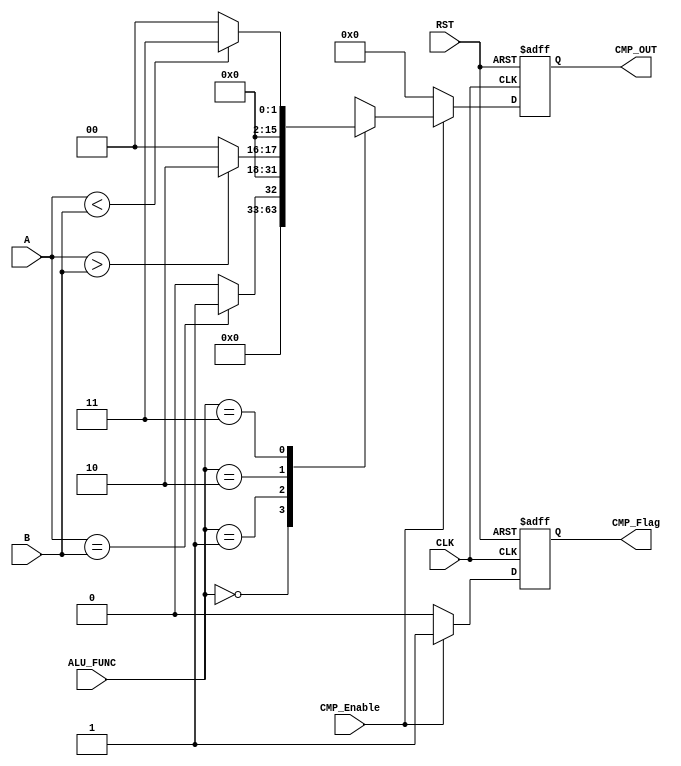
module CMP_UNIT #(
	parameter Width =   16
	)
	(
	input  wire  [Width-1:0] A,
	input  wire  [Width-1:0] B,
	input  wire  [1:0] 		 ALU_FUNC,
	input  wire  			 CLK,
	input  wire  			 RST,
	input  wire  			 CMP_Enable,
	
	output reg   [Width-1:0] CMP_OUT,	
	output reg	   		     CMP_Flag
);
	
	// Internal Signals
	 reg [Width-1:0]   CMP_OUT_comb;
	 reg 			   CMP_Flag_comb;
	
	// Register with Clock and Asynchronous Active Low Reset 
	 always @(posedge CLK or negedge RST) begin		
		if (!RST) begin
			CMP_OUT <= 0;	
			CMP_Flag <= 0;
		end
		else begin
			CMP_OUT <= CMP_OUT_comb;
			CMP_Flag <= CMP_Flag_comb;
		end
	 end
	
	// Combinational Block
	 always @(*)begin
		if(CMP_Enable)begin 
			CMP_Flag_comb = 1'b1;
			casex(ALU_FUNC)
				2'b00 : CMP_OUT_comb = 0;
				2'b01 : CMP_OUT_comb = (A == B)? 1: 0; 
				2'b10 : CMP_OUT_comb = (A > B)?  2: 0;	
				2'b11 : CMP_OUT_comb = (A < B)?  3: 0;
			endcase 
		end
		else begin
			CMP_OUT_comb = 0;
			CMP_Flag_comb = 1'b0;
		end
	 end
endmodule